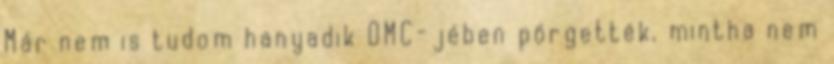
Már nem is tudom hanyadik OMC-jében pörgették, mintha nem